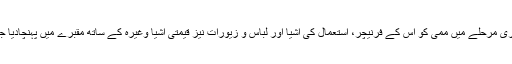
آخری مرحلے میں ممی کو اس کے فرنیچر، استعمال کی اشیا اور لباس و زیورات نیز قیمتی اشیا وغیرہ کے ساتھ مقبرے میں پہنچادیا جاتا۔